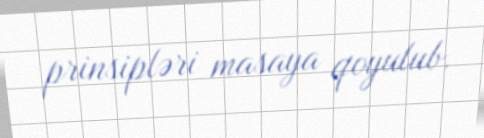
prinsipləri masaya qoyulub.